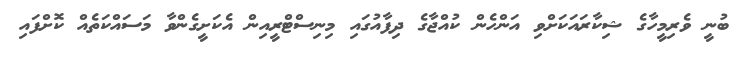
ބުނީ ވެރިމީހާގެ ޝިކާރައަކަށްވި އަންހެން ކުއްޖާގެ ދިފާއުގައި މިނިސްޓްރީއިން އެކަށީގެންވާ މަސައްކަތެއް ކޮށްފައި